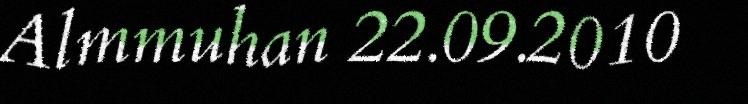
Almmuhan 22.09.2010